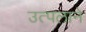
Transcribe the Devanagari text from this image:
उत्पलाने